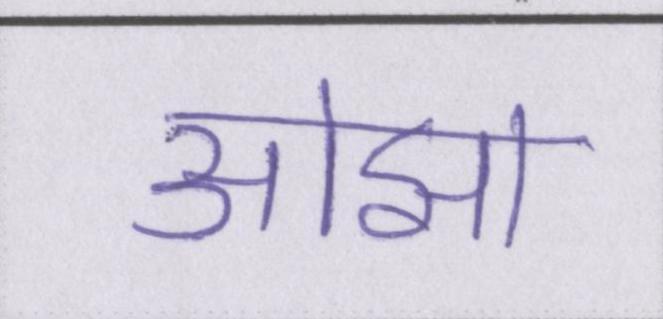
ओझा